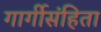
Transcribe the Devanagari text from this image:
गार्गीसंहिता